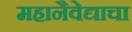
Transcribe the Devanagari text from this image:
महानैवेद्याचा